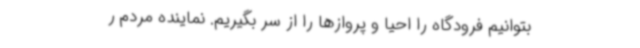
بتوانیم فرودگاه را احیا و پروازها را از سر بگیریم. نماینده مردم ر